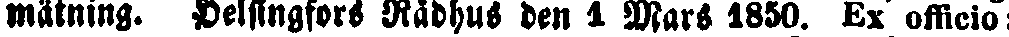
mätning. Helsingfors Rådhus den 1 Mars 1850. Ex officio: